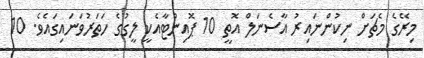
މިރޭގެ މެޗަށް ނިކުންނައިރު އާސެނަލް އޮތީ 10 ޕޮއިންޓާއެކީ ލީގުގެ ހަތަރުވަނައިގައެވެ. 10